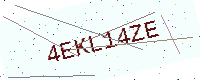
Text: 4EKL14ZE